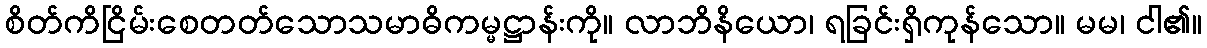
စိတ်ကိငြိမ်းစေတတ်သောသမာဓိကမ္မဋ္ဌာန်းကို။ လာဘိနိယော၊ ရခြင်းရှိကုန်သော။ မမ၊ ငါ၏။